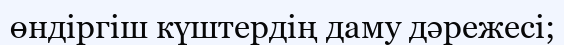
өндіргіш күштердің даму дәрежесі;